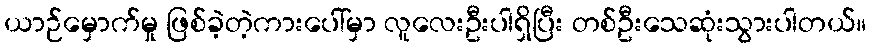
ယာဉ်မှောက်မှု ဖြစ်ခဲ့တဲ့ကားပေါ်မှာ လူလေးဦးပါရှိပြီး တစ်ဦးသေဆုံးသွားပါတယ်။